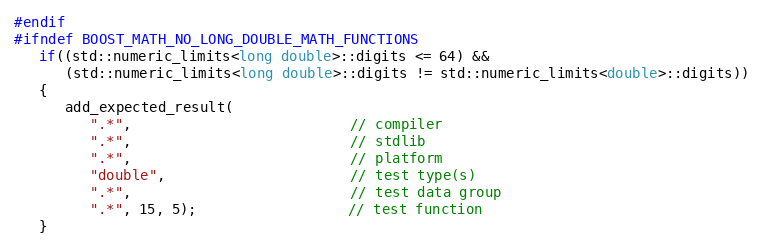
Language: C++
#endif
#ifndef BOOST_MATH_NO_LONG_DOUBLE_MATH_FUNCTIONS
   if((std::numeric_limits<long double>::digits <= 64) &&
      (std::numeric_limits<long double>::digits != std::numeric_limits<double>::digits))
   {
      add_expected_result(
         ".*",                          // compiler
         ".*",                          // stdlib
         ".*",                          // platform
         "double",                      // test type(s)
         ".*",                          // test data group
         ".*", 15, 5);                  // test function
   }